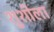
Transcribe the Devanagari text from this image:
शुशीला